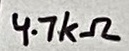
Text: 4.7kΩ